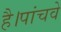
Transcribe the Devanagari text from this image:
है।पांचवे